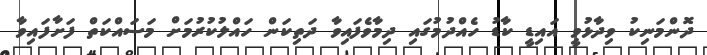
ދޮންމަނިކު ވިދާޅުވީ އައިޑީ ކާޑު ހެއްދުމުގައި ދިމާވެފައިވާ ދަތިކަން ހައްލުކުރުމަށް މަސައްކަތް ފަށާފައިވާ